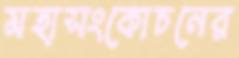
মহাসংকোচনের